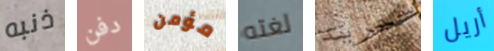
ذنبه دفن مؤمن لغته سيريد أريل